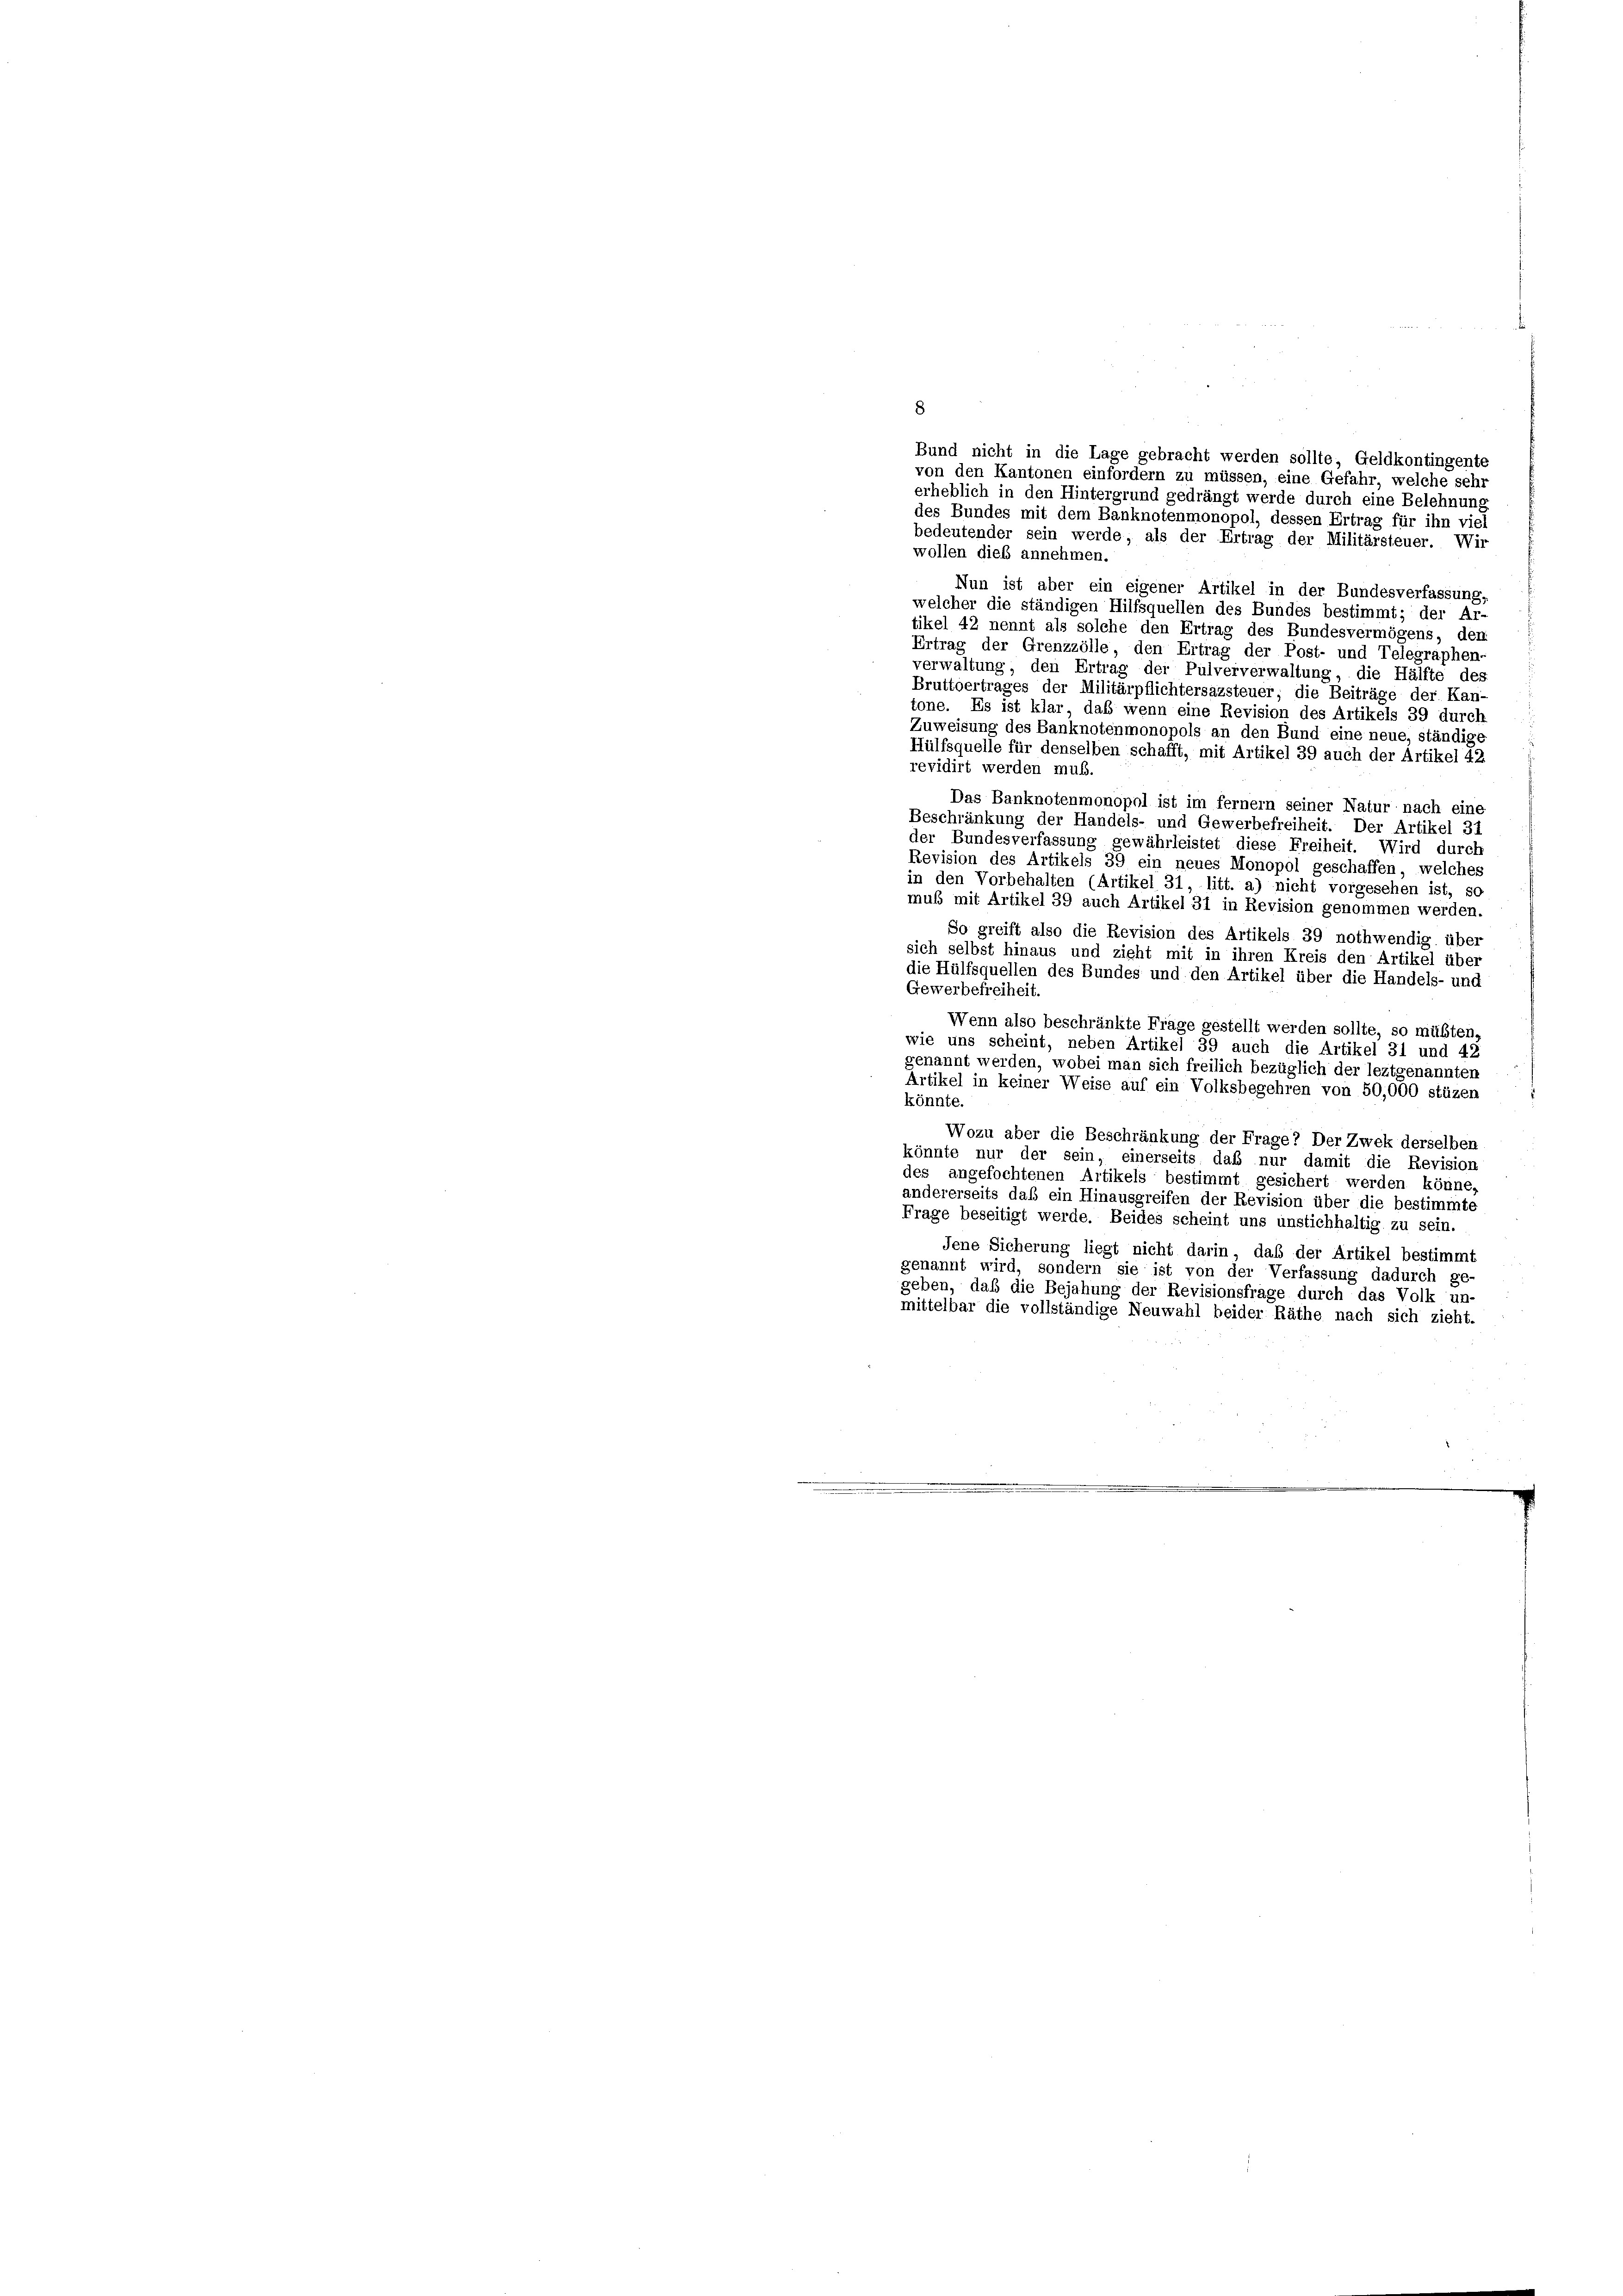
8
Bund nicht in die Lage gebracht werden sollte, Geldkontingente
von den Kantonen einfordern zu müssen, eine Gefahr, welche sehr
erheblich in den Hintergrund gedrängt werde durch eine Belehnung
des Bundes mit dem Banknotenmonopol, dessen Ertrag für ihn viel
bedeutender sein werde, als der Ertrag der Militärsteuer. Wir
wollen dies annehmen.
Nun ist aber ein eigener Artikel in der Bundesverfassung,
welcher die ständigen Hilfsquellen des Bundes bestimmt; der Ar-
tikel 42 nennt als solche den Ertrag des Bundesvermögens, den
Ertrag der Grenzzölle, den Ertrag der Post- und Telegraphen-
verwaltung, den Ertrag der Pulververwaltung, die Hälfte des
Bruttoertrages der Militärpflichtersazsteuer, die Beiträge der Kan-
tone. Es ist klar, daß wenn eine Revision des Artikels 39 durch
Zuweisung des Banknotenmonopols an den Bund eine neue, ständigt
Hülfsquelle für denselben schafft, mit Artikel 39 auch der Artikel 42
revidirt werden muß.
Das Banknotenmonopol ist im fernem seiner Natur nach eine
Beschränkung der Handels- und Gewerbefreiheit. Der Artikel 31
der Bundesverfassung gewährleistet diese Freiheit. Wird durch
Revision des Artikels 39 ein neues Monopol geschaffen, welches
in den Vorbehalten (Artikel 31, litt. a) nicht vorgesehen ist, so
muß mit Artikel 39 auch Artikel 31 in Revision genommen werden.
So greift also die Revision des Artikels 39 nothwendig über
sich selbst hinaus und zieht mit in ihren Kreis den Artikel über
die Hülfsquellen des Bundes und den Artikel über die Handels- und
Gewerbefreiheit.
Wenn also beschränkte Frage gestellt werden sollte, so müßten,
wie uns scheint, neben Artikel 39 auch die Artikel 31 und 42
genannt werden, wobei man sich freilich bezüglich der leztgenannten
Artikel in keiner Weise auf ein Volksbegehren von 50,000 stüzen
könnte
Wozu aber die Beschränkung der Frage? Der Zwek derselben
könnte nur der sein, einerseits daß nur damit die Revision
des angefochtenen Artikels bestimmt gesichert werden könne,
andererseits daß ein Hinausgreifen der Revision über die bestimmte
Frage beseitigt werde. Beides scheint uns unstichhaltig zu sein.
Jene Sicherung liegt nicht darin, daß der Artikel bestimmt
genannt wird, sondern sie ist von der Verfassung dadurch ge-
geben, daß die Bejahung der Revisionsfrage durch das Volk un-
mittelbar die vollständige Neuwahl beider Räthe nach sich zieht.